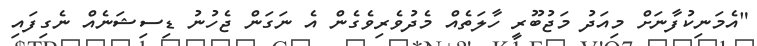
"އެމަނިކުފާނަށް މިއަދު މަޖުބޫރީ ހާލަތެއް މެދުވެރިވެގެން އެ ނަގަން ޖެހުނު ޑިސިޝަނެއް ނެގިފައި